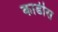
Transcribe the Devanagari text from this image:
काडीस